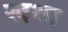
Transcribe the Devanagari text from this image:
खथा